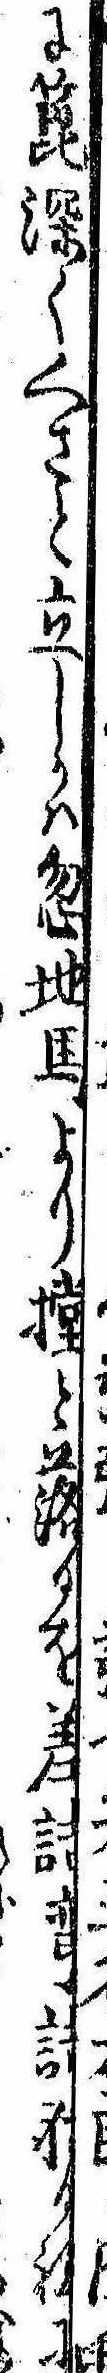
に箆深く〱さと立しかば忽地馬よりと落るを差詰彎詰射る程に